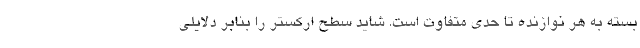
بسته به هر نوازنده تا حدی متفاوت است. شاید سطح ارکستر را بنابر دلایلی